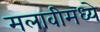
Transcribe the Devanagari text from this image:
मलावीमध्ये